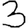
Digit: 3